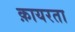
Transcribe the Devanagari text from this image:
क़ायरता